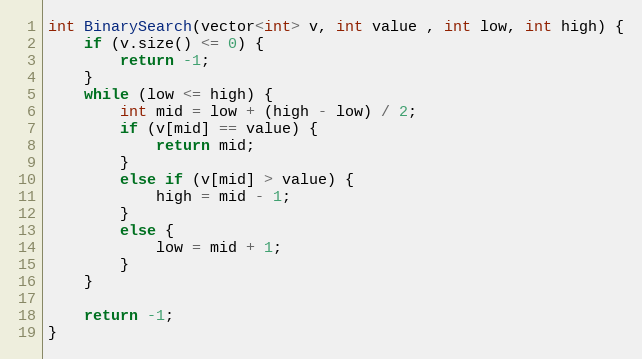
Language: C
int BinarySearch(vector<int> v, int value , int low, int high) {
	if (v.size() <= 0) {
		return -1;
	}
	while (low <= high) {
		int mid = low + (high - low) / 2;
		if (v[mid] == value) {
			return mid;
		}
		else if (v[mid] > value) {
			high = mid - 1;
		}
		else {
			low = mid + 1;
		}
	}

	return -1;
}